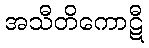
အသီတိကောဋီ